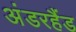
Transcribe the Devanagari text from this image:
अंडरहैंड